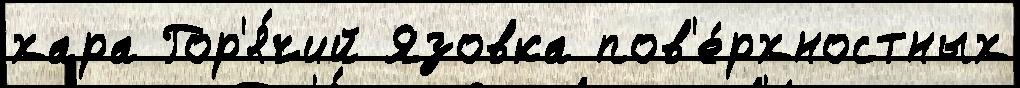
хара Гор'я́чий Язовка пов'е́рхностных